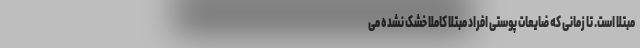
مبتلا است. تا زمانی که ضایعات پوستی افراد مبتلا کاملا خشک نشده می